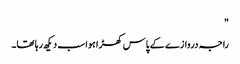
"
راجہ دروازے کے پاس کھڑا ہوا سب دیکھ رہا تھا۔